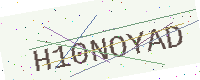
Text: H10NOYAD